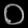
Digit: ၀